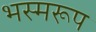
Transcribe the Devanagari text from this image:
भस्मरूप